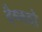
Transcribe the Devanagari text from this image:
वैष्‍णवो